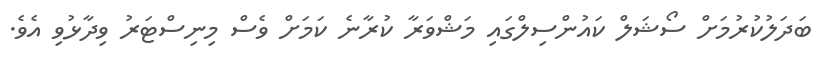
ބަދަލުކުރުމަށް ސޯޝަލް ކައުންސިލްގައި މަޝްވަރާ ކުރާނެ ކަމަށް ވެސް މިނިސްޓަރު ވިދާޅުވި އެވެ.